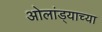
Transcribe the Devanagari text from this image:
ओलांड्याच्या